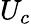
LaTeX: U_{c}